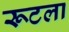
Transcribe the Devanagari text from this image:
रूटला